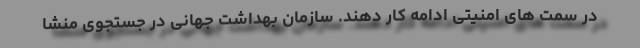
در سمت های امنیتی ادامه کار دهند. سازمان بهداشت جهانی در جستجوی منشا